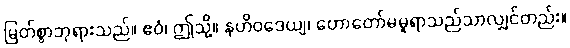
မြတ်စွာဘုရားသည်။ ဧဝံ၊ ဤသို့။ နဟိဝဒေယျ၊ ဟောတော်မမူရာသည်သာလျှင်တည်း။